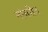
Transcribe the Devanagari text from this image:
नांगरीत